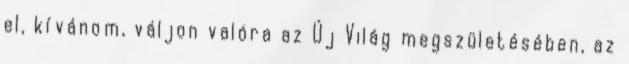
el, kívánom, váljon valóra az Új Világ megszületésében, az